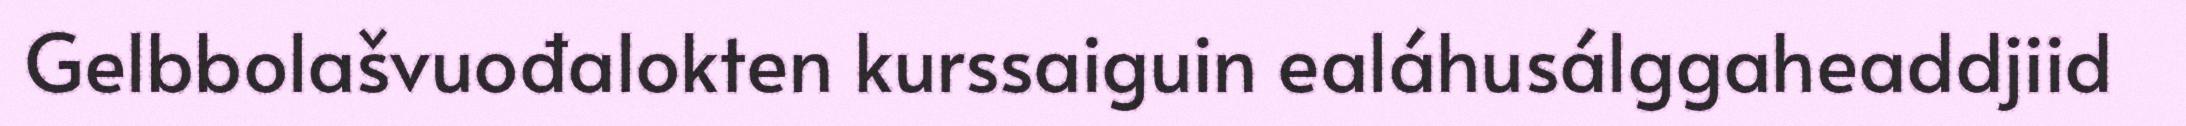
Gelbbolašvuođalokten kurssaiguin ealáhusálggaheaddjiid